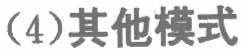
（4）其他模式